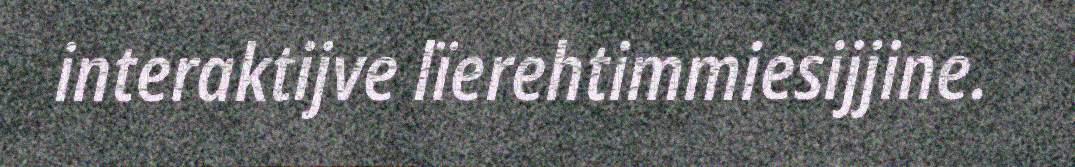
interaktijve lïerehtimmiesijjine.